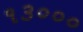
૧૩૦૦૦